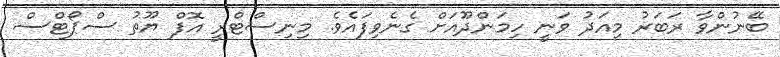
ބޭނުންވާ ރަބަރު މިއަދު ވަނީ ހިމަންދޫއަށް ގެނެވިފައެވެ. މިނިސްޓްރީ އޮފް ޔޫތު ސްޕޯޓްސް